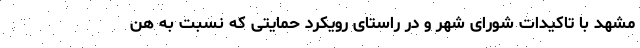
مشهد با تاکیدات شورای شهر و در راستای رویکرد حمایتی که نسبت به هن